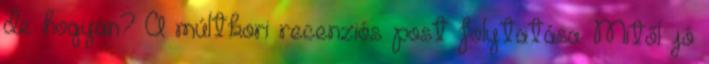
de hogyan? A múltkori recenziós post folytatása. Mitől jó